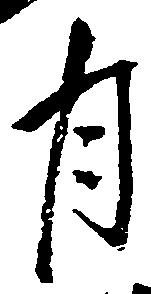
月